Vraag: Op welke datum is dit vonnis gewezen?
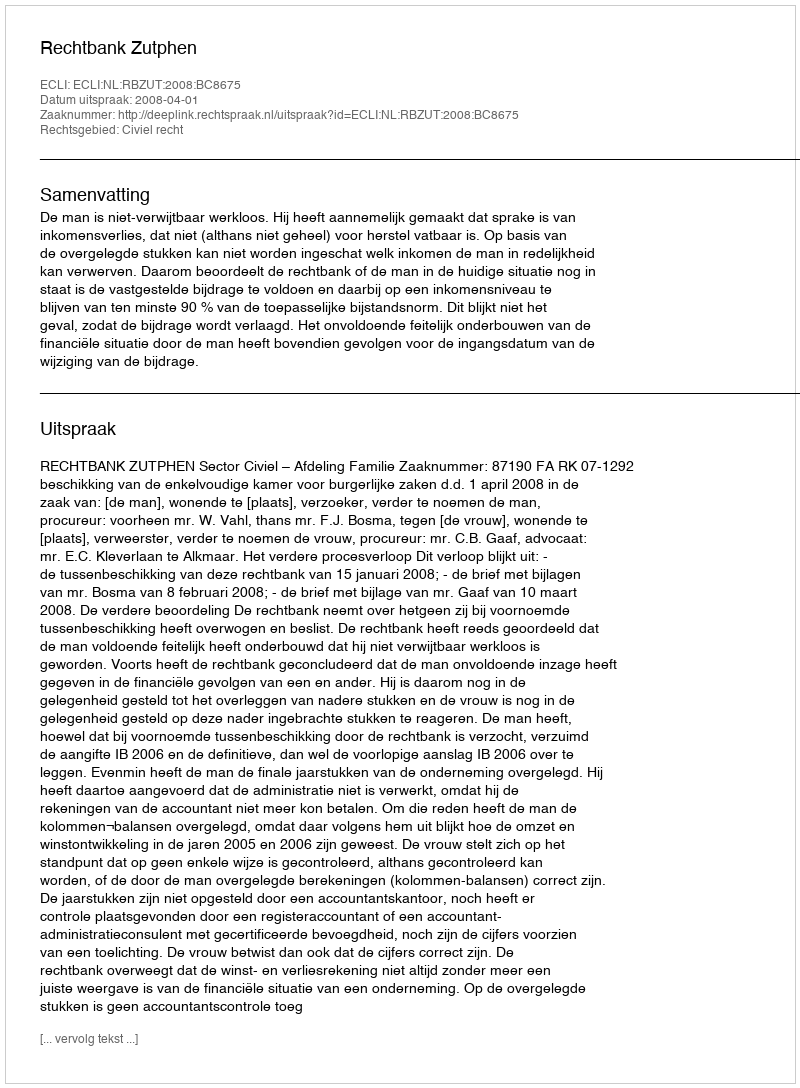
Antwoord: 2008-04-01